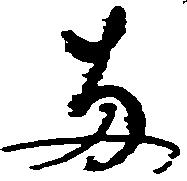
両